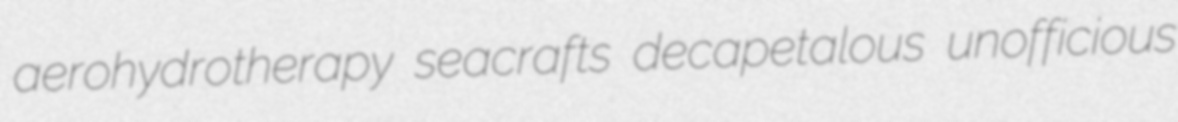
aerohydrotherapy seacrafts decapetalous unofficious